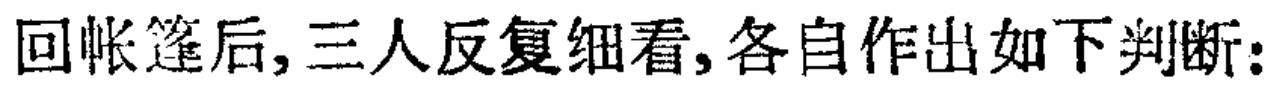
回帐篷后,三人反复细看,各自作出如下判断: